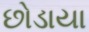
છોડાયા